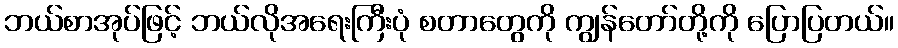
ဘယ်စာအုပ်ဖြင့် ဘယ်လိုအရေးကြီးပုံ စတာတွေကို ကျွန်တော်တို့ကို ပြောပြတယ်။